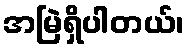
အမြဲရှိပါတယ်၊